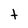
Character: t